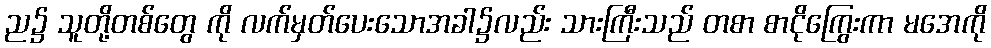
ည၌ သူတို့တစ်တွေ ကို လက်မှတ်ပေးသောအခါ၌လည်း သားကြီးသည် တစာ စာငိုကြွေးကာ မအေကို